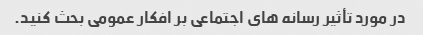
در مورد تأثیر رسانه های اجتماعی بر افکار عمومی بحث کنید.